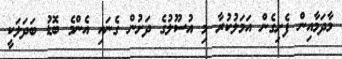
މާދަމާއިން ފެށިގެން އަމަލުކުރާ މި އުސޫލުގެ ދަށުން ގެނައި އެންމެ ބޮޑު ބަދަލަކީ